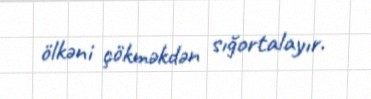
ölkəni çökməkdən sığortalayır.